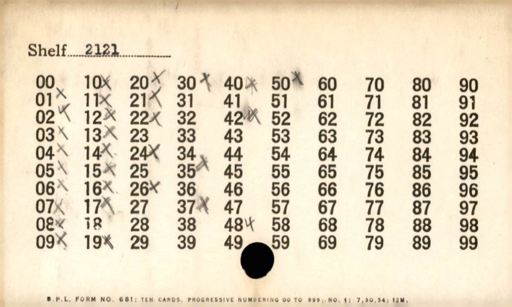
Label: divider